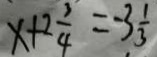
x + 2 \frac { 3 } { 4 } = - 3 \frac { 1 } { 3 }